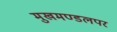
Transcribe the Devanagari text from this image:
मुखमण्डलपर